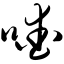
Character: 嗳